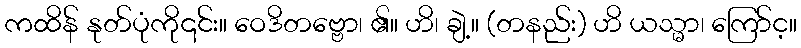
ကထိန် နုတ်ပုံကို၎င်း။ ဝေဒိတဗ္ဗော၊ ၏။ ဟိ၊ ချဲ့။ (တနည်း) ဟိ ယသ္မာ၊ ကြော်င့။